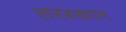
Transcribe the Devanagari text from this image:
तरस्कान